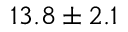
1 3 . 8 \pm 2 . 1